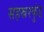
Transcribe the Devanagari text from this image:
सहस्ररकुंड